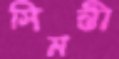
সিমন্তী